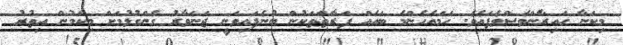
މިކަނާ ހައިރާންވެސްވެފައެވެ. ހަމައެހެންމެ ބައެއް ފަރާތްތަކުން ބުނެފައިވަނީ ޖަނަވާރު ގެންގުޅުމަށް މިކަމުން އިތުރު